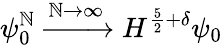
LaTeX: \psi_{0}^{\mathbb{N}}\xrightarrow{{\mathbb{N}\rightarrow\infty}}{{H^{\frac{{5}}{{2}}+\delta}}}\psi_{0}